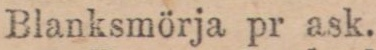
Blanksmörja pr ask.